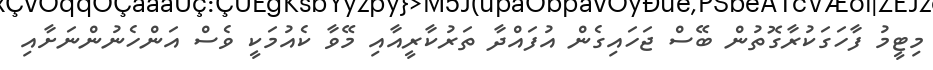
މިޓީމު ފާހަގަކުރާގޮތުން ބޭސް ޖަހައިގެން އުފައްދާ ތަރުކާރީއާއި މޭވާ ކެއުމަކީ ވެސް އަންހެނުންނަށާއި